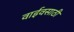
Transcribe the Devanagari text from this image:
वाईवसाठी